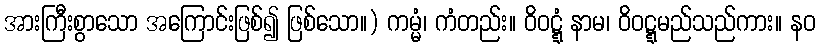
အားကြီးစွာသော အကြောင်းဖြစ်၍ ဖြစ်သော။) ကမ္မံ၊ ကံတည်း။ ဝိဝဋ္ဋံ နာမ၊ ဝိဝဋ္ဋမည်သည်ကား။ နဝ